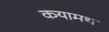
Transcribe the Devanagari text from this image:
कयामथ